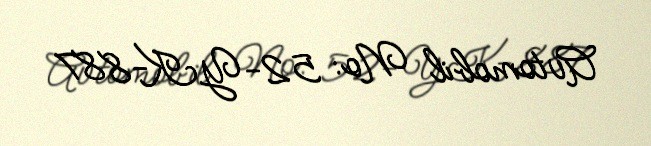
Avtomobil №: 52-YK-887